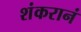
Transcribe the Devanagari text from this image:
शंकरानं